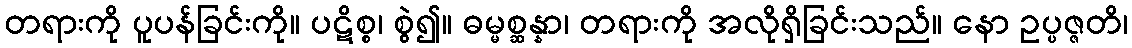
တရားကို ပူပန်ခြင်းကို။ ပဋိစ္စ၊ စွဲ၍။ ဓမ္မစ္ဆန္နာ၊ တရားကို အလိုရှိခြင်းသည်။ နော ဥပ္ပဇ္ဇတိ၊